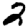
Digit: 2